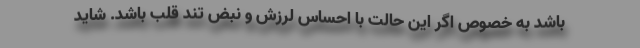
باشد به خصوص اگر این حالت با احساس لرزش و نبض تند قلب باشد. شاید